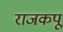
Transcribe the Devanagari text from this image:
राजकपू